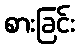
စားခြင်း